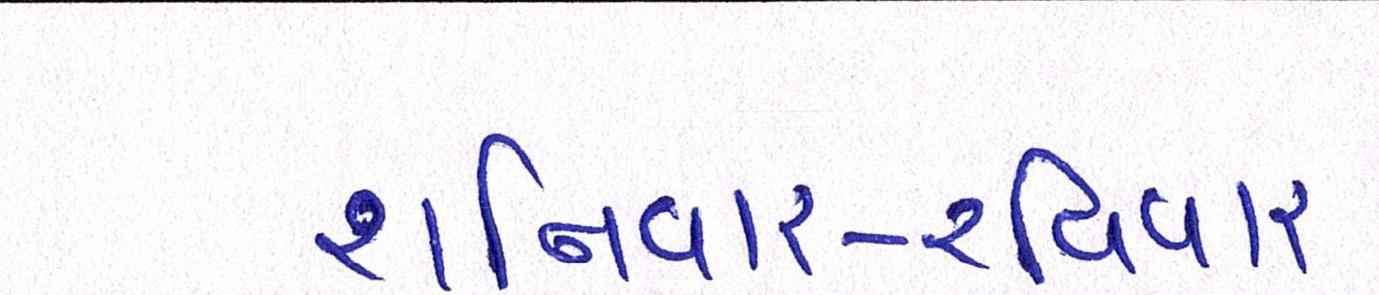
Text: શનિવાર-રવિવારની